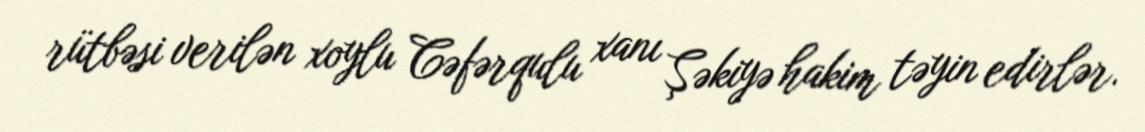
rütbəsi verilən xoylu Cəfərqulu xanı Şəkiyə hakim təyin edirlər.